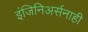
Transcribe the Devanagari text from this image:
इंजिनिअर्सनाही